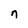
Character: n